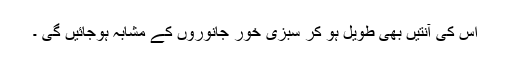
اس کی آنتیں بھی طویل ہو کر سبزی خور جانوروں کے مشابہ ہوجائیں گی ۔